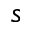
\boldsymbol s